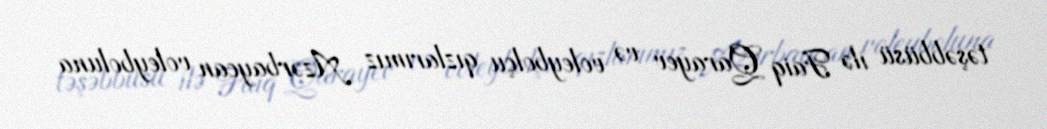
təşəbbüsü ilə Faiq Qarayev və voleybolçu qızlarımız Azərbaycan voleyboluna